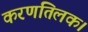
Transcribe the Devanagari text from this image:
करणतिलक।